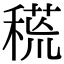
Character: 𥠸